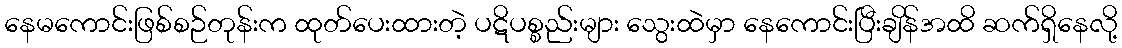
နေမကောင်းဖြစ်စဉ်တုန်းက ထုတ်ပေးထားတဲ့ ပဋိပစ္စည်းများ သွေးထဲမှာ နေကောင်းပြီးချိန်အထိ ဆက်ရှိနေလို့